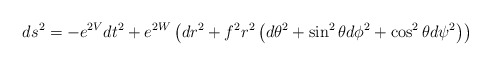
\begin{align*}ds^{2}=-e^{2V}dt^{2}+e^{2W}\left( dr^{2}+f^{2}r^{2}\left( d\theta ^{2}+\sin^{2}\theta d\phi ^{2}+\cos ^{2}\theta d\psi ^{2}\right) \right)\end{align*}